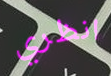
انظري